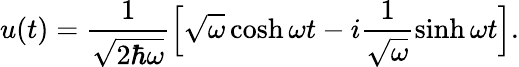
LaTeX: u(t)=\frac{1}{\sqrt{2\hbar\omega}}\Bigl[\sqrt{\omega}\cosh\omega t-i\frac{1}{\sqrt{\omega}}\sinh\omega t\Bigr].